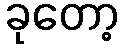
ခုတော့